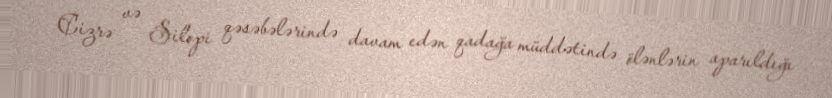
Cizrə və Silopi qəsəbələrində davam edən qadağa müddətində ölənlərin aparıldığı